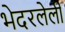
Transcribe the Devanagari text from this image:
भेदरलेली